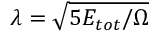
\lambda = \sqrt { 5 E _ { t o t } / \Omega }